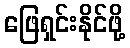
ဖြေရှင်းနိုင်ဖို့